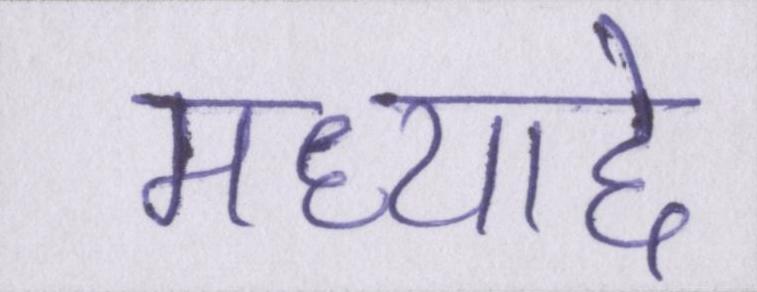
मध्याद्दे